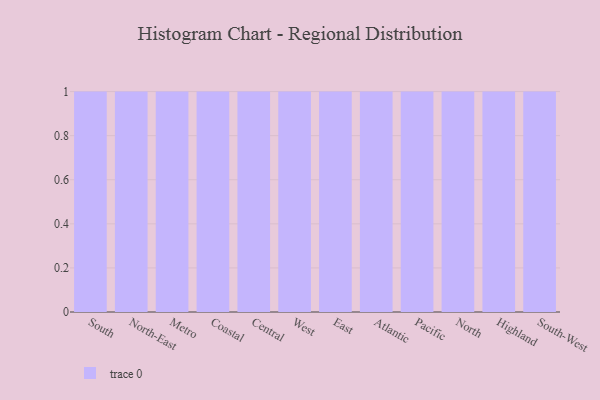
{"axis": {"x": "Region", "y": "Satisfaction Score"}, "legend": [""], "data": [{"x": "South", "y": 64, "type": ""}, {"x": "North-East", "y": 38, "type": ""}, {"x": "Metro", "y": 54, "type": ""}, {"x": "Coastal", "y": 4, "type": ""}, {"x": "Central", "y": 76, "type": ""}, {"x": "West", "y": 36, "type": ""}, {"x": "East", "y": 72, "type": ""}, {"x": "Atlantic", "y": 99, "type": ""}, {"x": "Pacific", "y": 74, "type": ""}, {"x": "North", "y": 45, "type": ""}, {"x": "Highland", "y": 59, "type": ""}, {"x": "South-West", "y": 32, "type": ""}]}